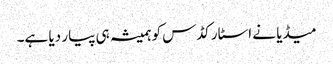
میڈیا نے اسٹار کڈس کو ہمیشہ ہی پیار دیا ہے۔